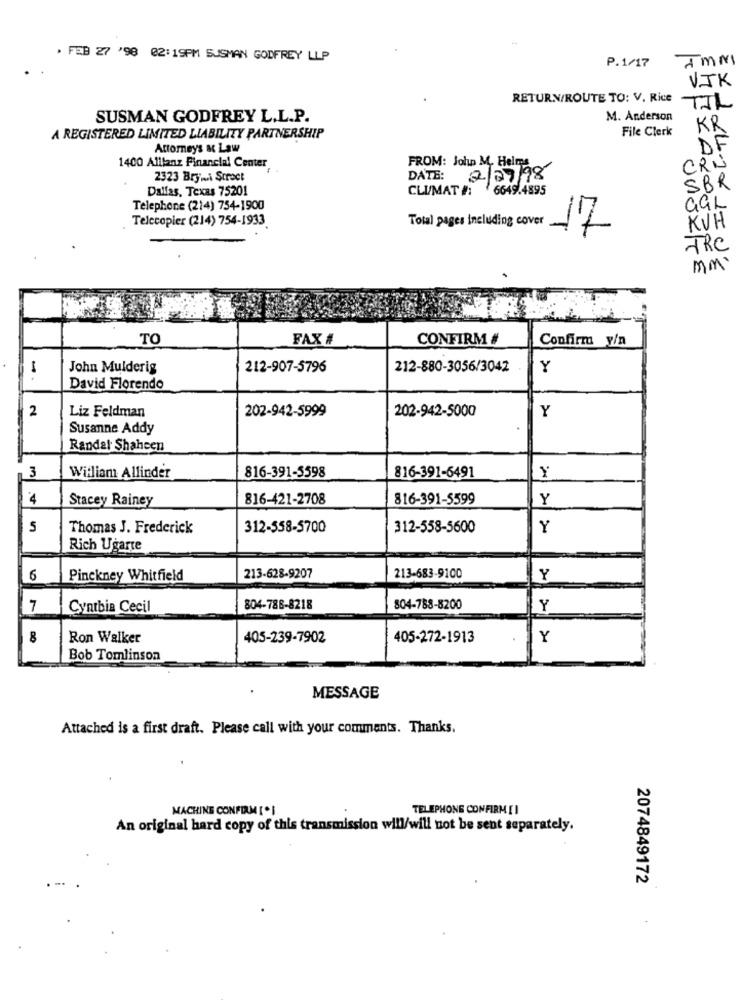
. FEB 27 '98 02:19PM SUSMAN GODFREY LLP
P.1/17
AMMI
VIK
RETURN/ROUTE TO: V. Rice
TIL
SUSMAN GODFREY L.L.P.
M. Anderson
File Clerk
KR
A REGISTERED LIMITED LIABILITY PARTNERSHIP
Attorneys ac Law
DE
FROM: John M. Helms
CRU
1400 Allianz Financial Center
2323 Brymi Street
DATE: 2/07/98
Dallas, Texas 75201
CLU/MAT #: 6649.4895
SBR
Add
Telephone (214) 754-1900
GGL
Telecopier (214) 754-1933
Total pages including cover
17
KUH
TRC
mm
TO
FAX #
CONFIRM #
Confirm y/n
John Mulderig
212-907-5796
212-880-3056/3042
Y
--
David Florendo
2
Liz Feldman
202-942-5999
202-942-5000
Y
Susanne Addy
Randal Shaheen
3
816-391-5598
Y
William Allinder
816-391-6491
4
Stacey Rainey
816-421-2708
816-391-5599
Y
5
Thomas J. Frederick
312-558-5700
312-558-5600
Y
Rich Ugarte
6
Pinckney Whitfield
213-628-9207
213-683-9100
Y
7
Cynthia Cecil
804-788-8218
804-788-8200
Y
8
Ron Walker
405-239-7902
405-272-1913
Y
Bob Tomlinson
MESSAGE
Attached is a first draft. Please call with your comments. Thanks.
MACHINE CONFIRM[.I
TELEPHONE CONFIRMEI
An original hard copy of this transmission will/will not be sent separately.
2074849172